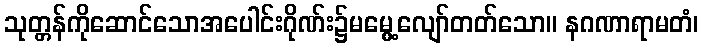
သုတ္တန်ကိုဆောင်သောအပေါင်းဂိုဏ်း၌မမွေ့လျော်တတ်သော။ နဂဏာရာမတံ၊